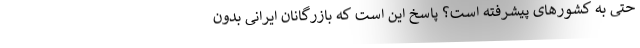
حتی به کشورهای پیشرفته است؟ پاسخ این است که بازرگانان ایرانی بدون